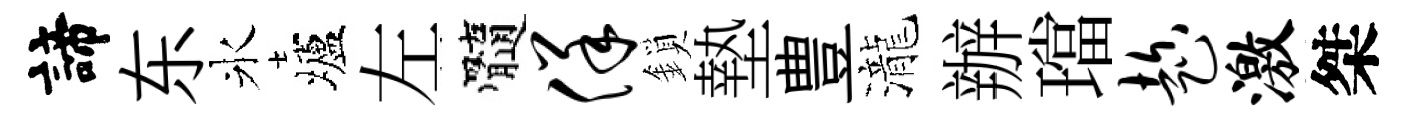
諦东氷壚左髓佯鎖墊豊瀧辦璫趁激桀